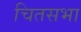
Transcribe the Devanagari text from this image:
चितसभा